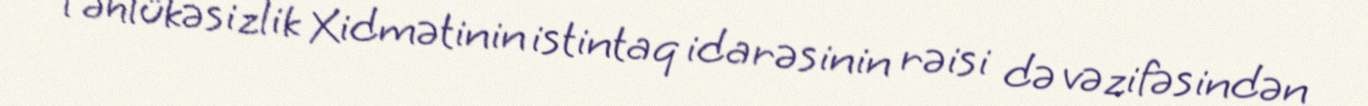
Təhlükəsizlik Xidmətinin istintaq idarəsinin rəisi də vəzifəsindən